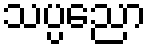
သပ္ပညော